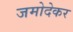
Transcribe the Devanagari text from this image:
जमोदेकर